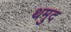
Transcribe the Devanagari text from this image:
थमुद